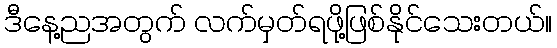
ဒီနေ့ညအတွက် လက်မှတ်ရဖို့ဖြစ်နိုင်သေးတယ်။